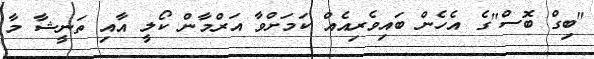
"ބިގް ބޮސް"ގެ އެހެން ބައިވެރިއެއް ކަމަށްްވާ އަރްމާން ކޯލީ އާއި ތަނީޝާ މާ